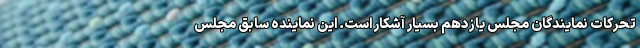
تحرکات نمایندگان مجلس یازدهم بسیار آشکار است. این نماینده سابق مجلس